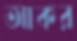
আকর